Vaccination in the Punjab 1883-1896 - 1883-1896
Year: 1883
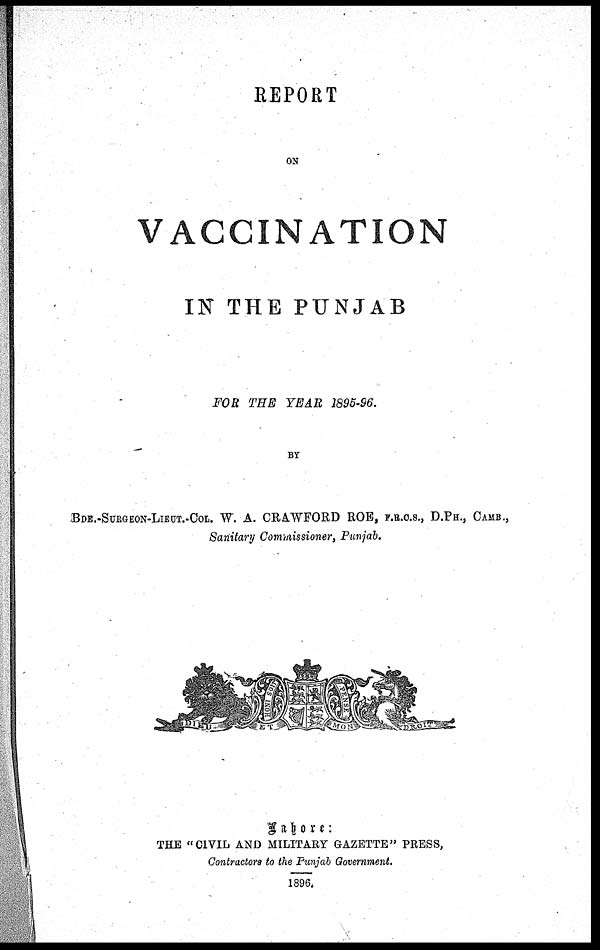
REPORT
ON
VACCINATION
IN THE PUNJAB
FOR THE YEAR 1895-96.
BY
BDE.-SURGEON-LIEUT.-COL. W. A. CRAWFORD ROE, F.R.C.S., D.PH., CAMB.,
Sanitary Commissioner, Punjab.
Lahore:
THE "CIVIL AND MILITARY GAZETTE" PRESS,
Contractors to the Punjab Government.
1896.